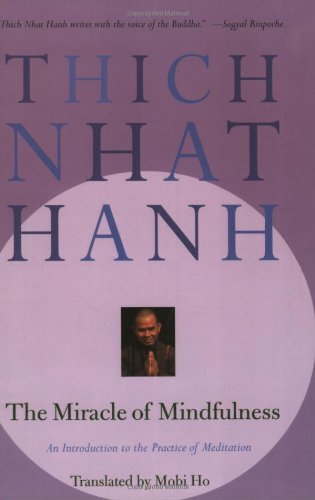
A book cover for The Miracle of Mindfulness: An Introduction to the Practice of Meditation; Thich Nhat Hanh; Health, Fitness & Dieting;